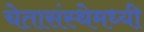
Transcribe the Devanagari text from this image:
चेतासंस्थेमध्यी